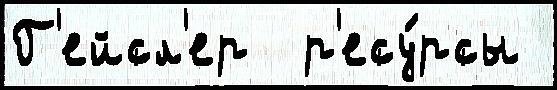
Г'ейсл'ер  р'есу́рсы